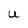
Character: U